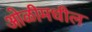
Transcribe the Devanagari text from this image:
ओळीमधील